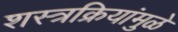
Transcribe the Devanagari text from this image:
शस्त्रक्रियांमुळे